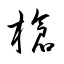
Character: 槍